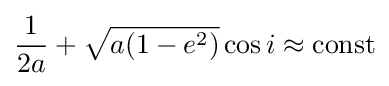
{\frac {1}{2a}}+{\sqrt {a(1-e^{2})}}\cos i\approx {\rm {const}}